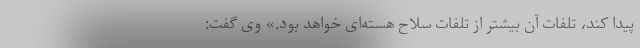
پیدا کند، تلفات آن بیشتر از تلفات سلاح هسته‌ای خواهد بود.» وی گفت: